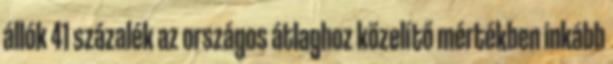
állók 41 százalék az országos átlaghoz közelítő mértékben inkább